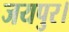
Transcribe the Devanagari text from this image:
जयपुर।